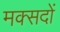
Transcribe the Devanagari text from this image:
मक्सदों